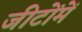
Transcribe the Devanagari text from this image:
जीटोंमें